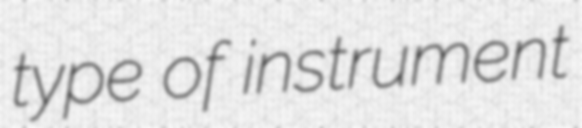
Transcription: type of instrument